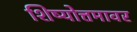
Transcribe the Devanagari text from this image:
शिष्योत्तमावर